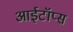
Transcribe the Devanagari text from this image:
आईटॉप्स